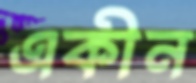
একীন